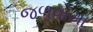
જળવાયા